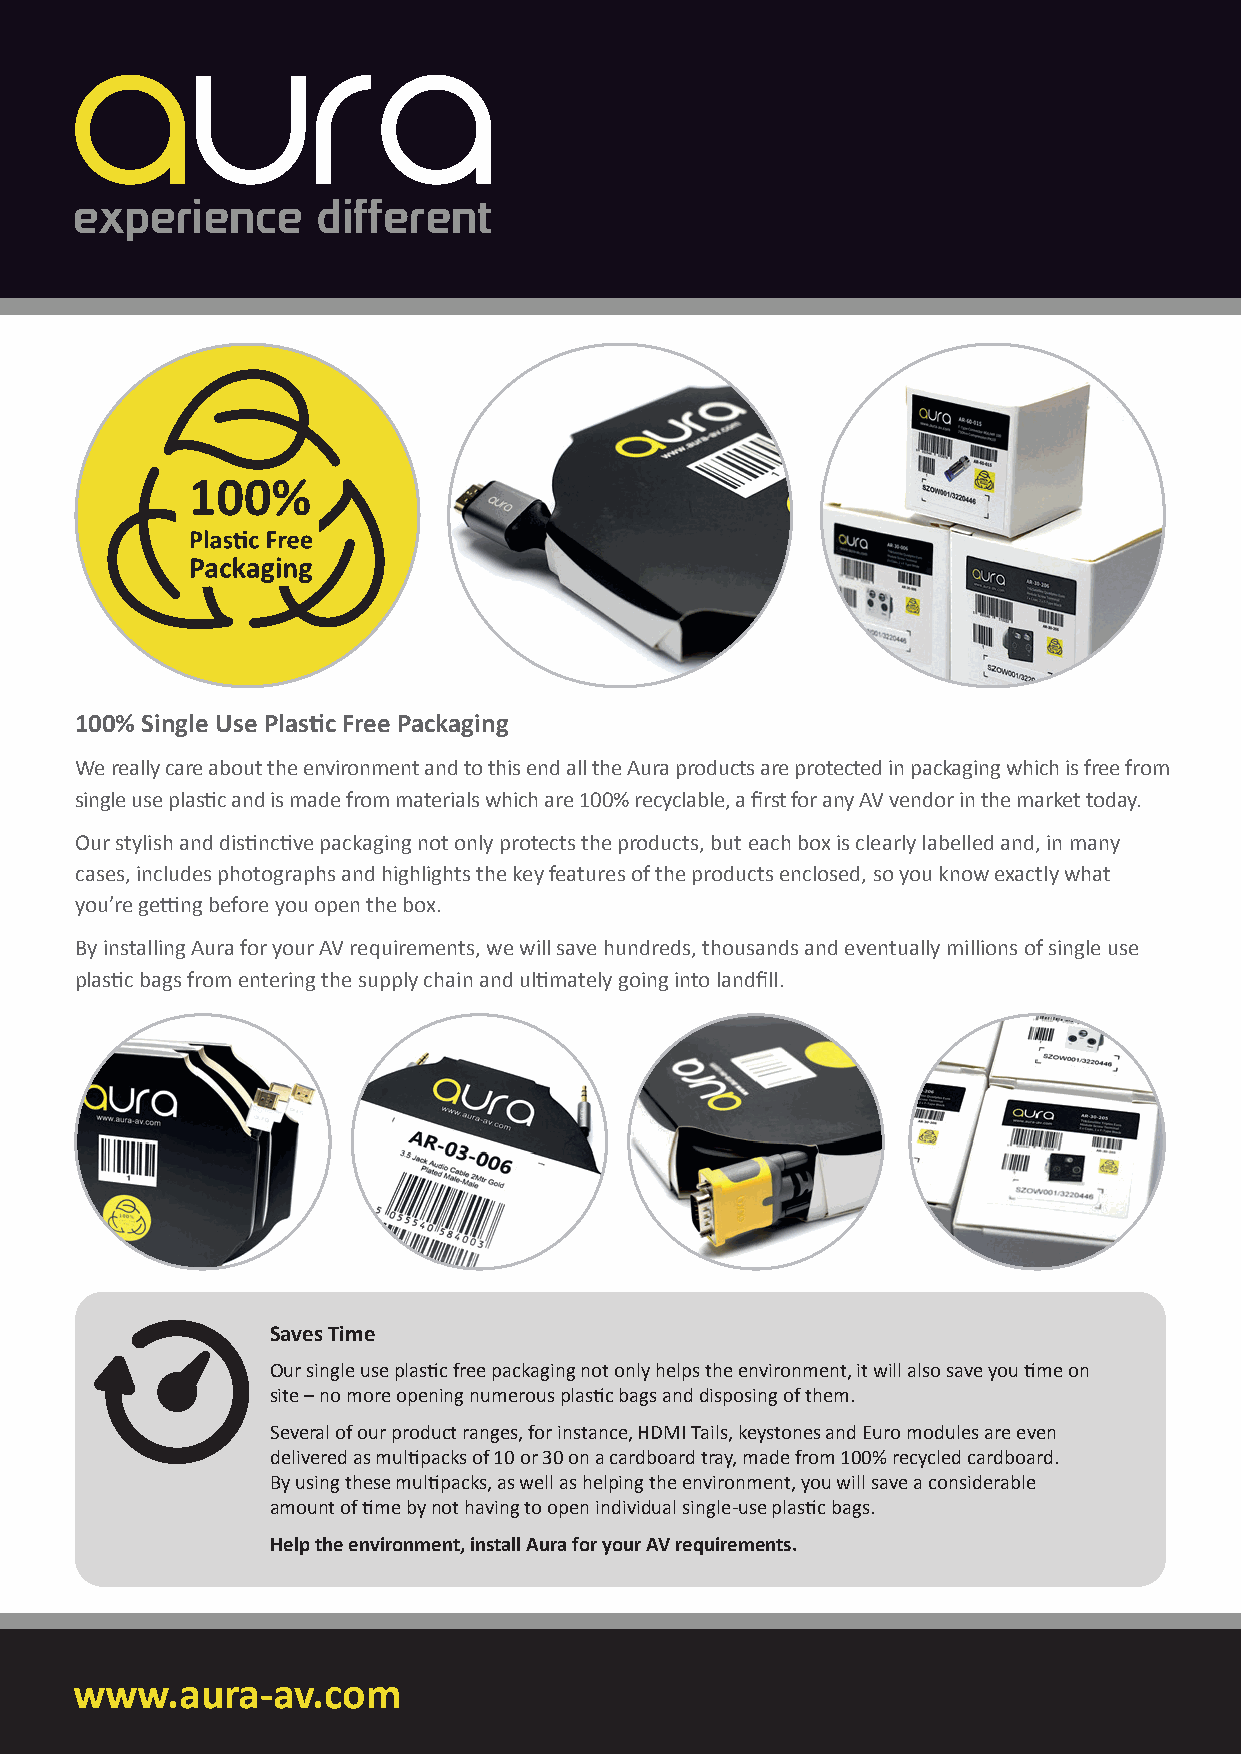
100% Single Use Plastic Free Packaging
 We really care about the environment and to this end all the Aura products are protected in packaging which is free from
 single use plastic and is made from materials which are 100% recyclable, a first for any AV vendor in the market today.
 Our stylish and distinctive packaging not only protects the products, but each box is clearly labelled and, in many
 cases, includes photographs and highlights the key features of the products enclosed, so you know exactly what
 you’re getting before you open the box.
 By installing Aura for your AV requirements, we will save hundreds, thousands and eventually millions of single use
 plastic bags from entering the supply chain and ultimately going into landfill.
 Saves Time
 Our single use plastic free packaging not only helps the environment, it will also save you time on
 site – no more opening numerous plastic bags and disposing of them.
 Several of our product ranges, for instance, HDMI Tails, keystones and Euro modules are even
 delivered as multipacks of 10 or 30 on a cardboard tray, made from 100% recycled cardboard.
 By using these multipacks, as well as helping the environment, you will save a considerable
 amount of time by not having to open individual single-use plastic bags.
 Help the environment, install Aura for your AV requirements.
 www.aura-av.com